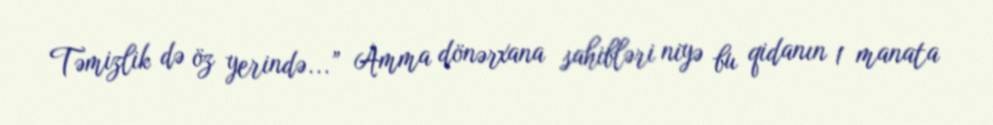
Təmizlik də öz yerində...” Amma dönərxana sahibləri niyə bu qidanın 1 manata